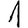
Digit: 1